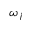
\omega _ { j }